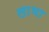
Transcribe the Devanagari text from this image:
लाभा